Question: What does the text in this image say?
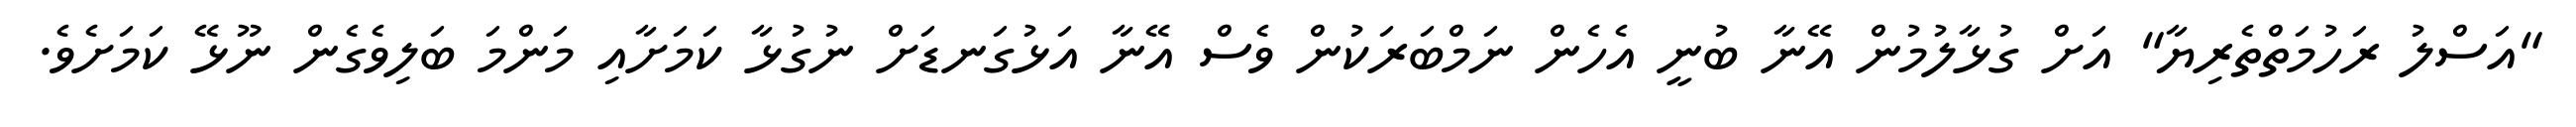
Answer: "އަސްލު ރަހުމަތްތެރިޔާ" އަށް ގުޅާލުމުން އޭނާ ބުނީ އެހެން ނަމްބަރަކުން ވެސް އޭނާ އަޅުގަނޑަށް ނުގުޅާ ކަމަށާއި މަންމަ ބަލިވެގެން ނޫޅޭ ކަމަށެވެ.